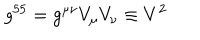
g ^ { 5 5 } = g ^ { \mu \nu } V _ { \mu } V _ { \nu } \equiv V ^ { 2 }